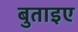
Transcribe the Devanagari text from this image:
बुताइए